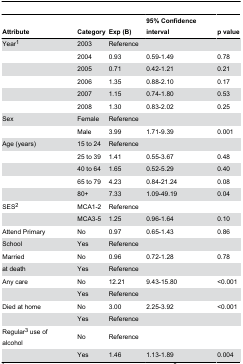
<table><thead><tr><td><b>Attribute</b></td><td><b>Category</b></td><td><b>Exp (B)</b></td><td><b>95% Confidence interval</b></td><td><b>p value</b></td></tr></thead><tbody><tr><td>Year<sup>1</sup></td><td>2003</td><td>Reference</td><td></td><td></td></tr><tr><td></td><td>2004</td><td>0.93</td><td>0.59-1.49</td><td>0.78</td></tr><tr><td></td><td>2005</td><td>0.71</td><td>0.42-1.21</td><td>0.21</td></tr><tr><td></td><td>2006</td><td>1.35</td><td>0.88-2.10</td><td>0.17</td></tr><tr><td></td><td>2007</td><td>1.15</td><td>0.74-1.80</td><td>0.53</td></tr><tr><td></td><td>2008</td><td>1.30</td><td>0.83-2.02</td><td>0.25</td></tr><tr><td>Sex</td><td>Female </td><td>Reference</td><td></td><td></td></tr><tr><td></td><td>Male</td><td>3.99</td><td>1.71-9.39</td><td>0.001</td></tr><tr><td>Age (years)</td><td>15 to 24</td><td>Reference</td><td></td><td></td></tr><tr><td></td><td>25 to 39</td><td>1.41</td><td>0.55-3.67</td><td>0.48</td></tr><tr><td></td><td>40 to 64 </td><td>1.65</td><td>0.52-5.29</td><td>0.40</td></tr><tr><td></td><td>65 to 79</td><td>4.23</td><td>0.84-21.24</td><td>0.08</td></tr><tr><td></td><td>80+</td><td>7.33</td><td>1.09-49.19</td><td>0.04</td></tr><tr><td>SES<sup>2</sup></td><td>MCA1-2</td><td>Reference</td><td></td><td></td></tr><tr><td></td><td>MCA3-5</td><td>1.25</td><td>0.96-1.64</td><td>0.10</td></tr><tr><td>Attend Primary</td><td>No</td><td>0.97</td><td>0.65-1.43</td><td>0.86</td></tr><tr><td>School</td><td>Yes</td><td>Reference</td><td></td><td></td></tr><tr><td>Married </td><td>No </td><td>0.96</td><td>0.72-1.28</td><td>0.78</td></tr><tr><td>at death</td><td>Yes</td><td>Reference </td><td></td><td></td></tr><tr><td>Any care</td><td>No</td><td>12.21</td><td>9.43-15.80</td><td>&lt;0.001</td></tr><tr><td></td><td>Yes</td><td>Reference</td><td></td><td></td></tr><tr><td>Died at home</td><td>No</td><td>3.00</td><td>2.25-3.92</td><td>&lt;0.001</td></tr><tr><td></td><td>Yes</td><td>Reference</td><td></td><td></td></tr><tr><td>Regular<sup>3</sup> use of alcohol </td><td>No</td><td>Reference</td><td></td><td></td></tr><tr><td></td><td>Yes</td><td>1.46</td><td>1.13-1.89</td><td>0.004</td></tr></tbody></table>